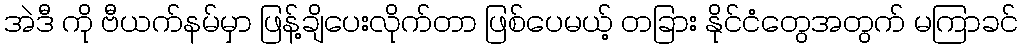
အဲဒီ ကို ဗီယက်နမ်မှာ ဖြန့်ချိပေးလိုက်တာ ဖြစ်ပေမယ့် တခြား နိုင်ငံတွေအတွက် မကြာခင်